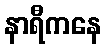
နာရီကနေ